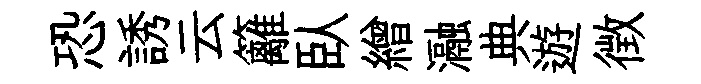
恐誘云籬臥繒瀜典遊徴